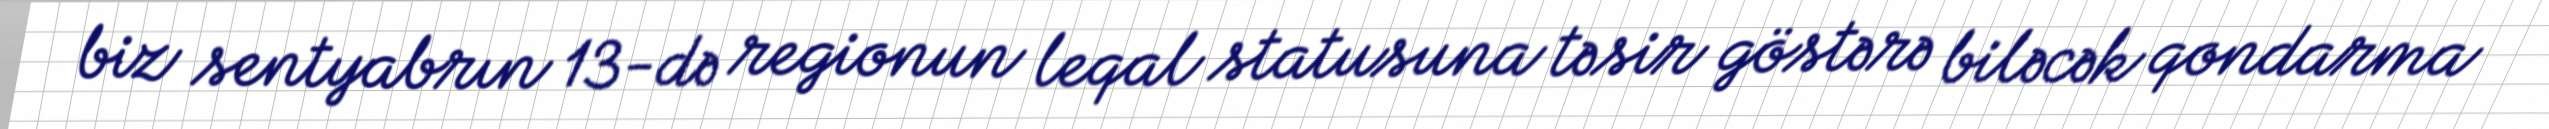
biz sentyabrın 13-də regionun leqal statusuna təsir göstərə biləcək qondarma